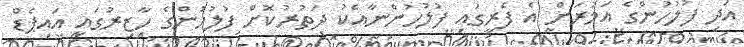
އަދި ފުލުހުންގެ އަމުރަށް އެ ފެރީގައި ފުލުހުންނާއެކު ދަތުރުކޮށް ފުލުހުންގެ ހާޒިރުގައި އައިޕެޑް